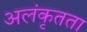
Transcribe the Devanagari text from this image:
अलंकृतता